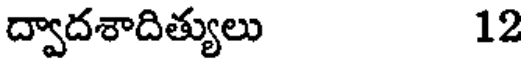
ద్వాదశాదిత్యులు 12